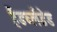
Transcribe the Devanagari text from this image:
हैंडब्लेंडेड